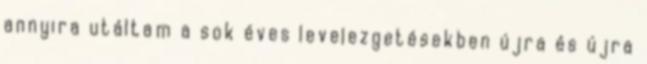
annyira utáltam a sok éves levelezgetésekben újra és újra